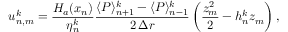
u _ { n , m } ^ { k } = \frac { H _ { a } ( x _ { n } ) } { \eta _ { n } ^ { k } } \frac { \langle P \rangle _ { n + 1 } ^ { k } - \langle P \rangle _ { n - 1 } ^ { k } } { 2 \, \Delta r } \left( \frac { z _ { m } ^ { 2 } } { 2 } - h _ { n } ^ { k } z _ { m } \right) ,